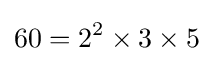
60=2^{2}\times 3\times 5